King Institute of Preventive Medicine Bacteriolog. Section reports 1907-08
Year: 1907
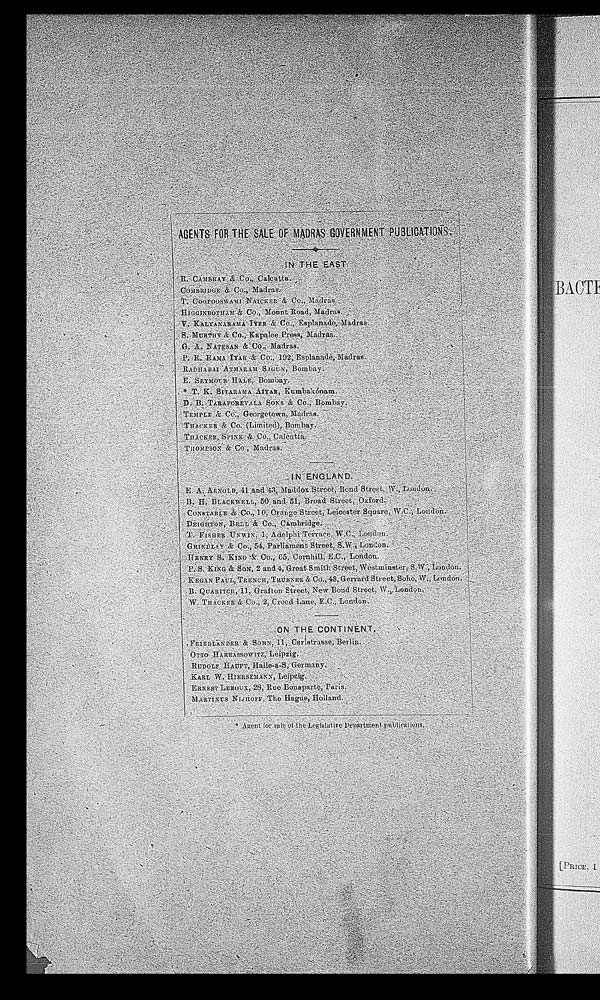
IN THE EAST
R. CAMBRAY & CO., Calcutta.
T. COOPOOSWAMI NAICKER & CO., MADRAS.
H I G G I N B O T H A M & C o . , M o u n t R o a d , M a d r a s .
V . K A L Y A N A R A M A I Y E R & C o . , E s p l a n d e , M a d r a s .
S. MUR
G. A. NATESAN & Co., Kapalee Press, Madras.
RADHABAI ATMARAM SAGUN, Bombay.
D. B. TARAPOREVALA SONS & Co., Bombay.
THOMPSON & Co., Madras.
ENGLAND.
E ARNOLD,
B
L d.
T. FISHER UNWIN, 1, Adelphi Terrace, W.C., London.
GRINDLAY & Co., 54, Parliament Street, S.W., London.
KEGANPAUL, TRENCH, TRUBNER & Co., 43, Gerrard Street, Soho, W., London.
B.
W :THACKER & Co., 2, Creed Lane, E.C., London.
ON THE CONTINENT.
F IEDL X N DER SO
OTTO HARRASSOWITZ, Leipzig.
KARL W. HIERSEMANN, Leipzig.
ERNEST LEROUX, 28, Rue Bonaparte, Paris.
NU
N J. o FF, The Hague, Holland.
Ag ent Tor sale of the Legisative Department publications.